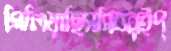
গিলিয়াছিসসিবরইপ্